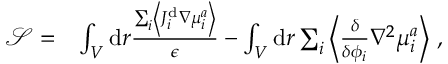
\begin{array} { r l } { \mathcal { S } = } & { \int _ { V } \mathrm { d } r \frac { \sum _ { i } \left\langle J _ { i } ^ { \mathrm { d } } \nabla { \mu } _ { i } ^ { a } \right\rangle } { \epsilon } - \int _ { V } \mathrm { d } r \sum _ { i } \left\langle \frac { \delta } { \delta { \phi _ { i } } } \nabla ^ { 2 } \mu _ { i } ^ { a } \right\rangle \, , } \end{array}